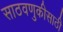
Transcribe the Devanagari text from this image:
साठवणुकीसाठी